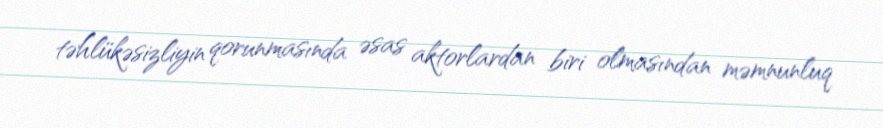
təhlükəsizliyin qorunmasında əsas aktorlardan biri olmasından məmnunluq